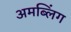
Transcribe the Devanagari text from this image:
अमब्लिंग